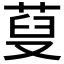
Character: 𦲪